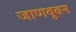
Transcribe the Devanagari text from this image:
जाणवूबन